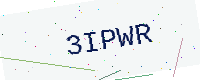
Text: 3IPWR